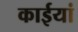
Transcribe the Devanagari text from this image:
काईयां